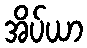
အိပ်ယာ